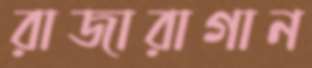
রাজারাগান